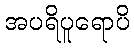
အပရိပူရောပိ